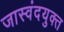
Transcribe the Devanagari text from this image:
जास्वंदयुक्त